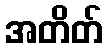
အတိတ်